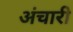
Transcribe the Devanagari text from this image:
अंचारी